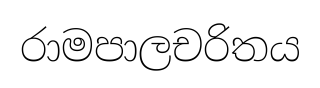
රාමපාලචරිතය